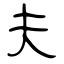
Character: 夫